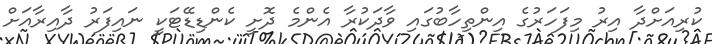
ކުރިއަށްދާ އިރު މިފަހަރުގެ އިންތިހާބުގައި ވާދަކުރާ އެންމެ ދޮށީ ކެންޑިޑޭޓަކީ ނައިފަރު ދާއިރާއަށް